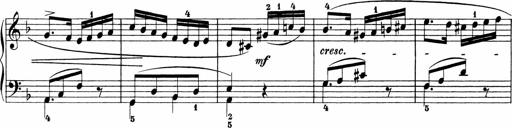
Title: Sonatinen Op.47, 98 und 136, nebst 6 Liedersonatinen
Composer: Carl Reinecke